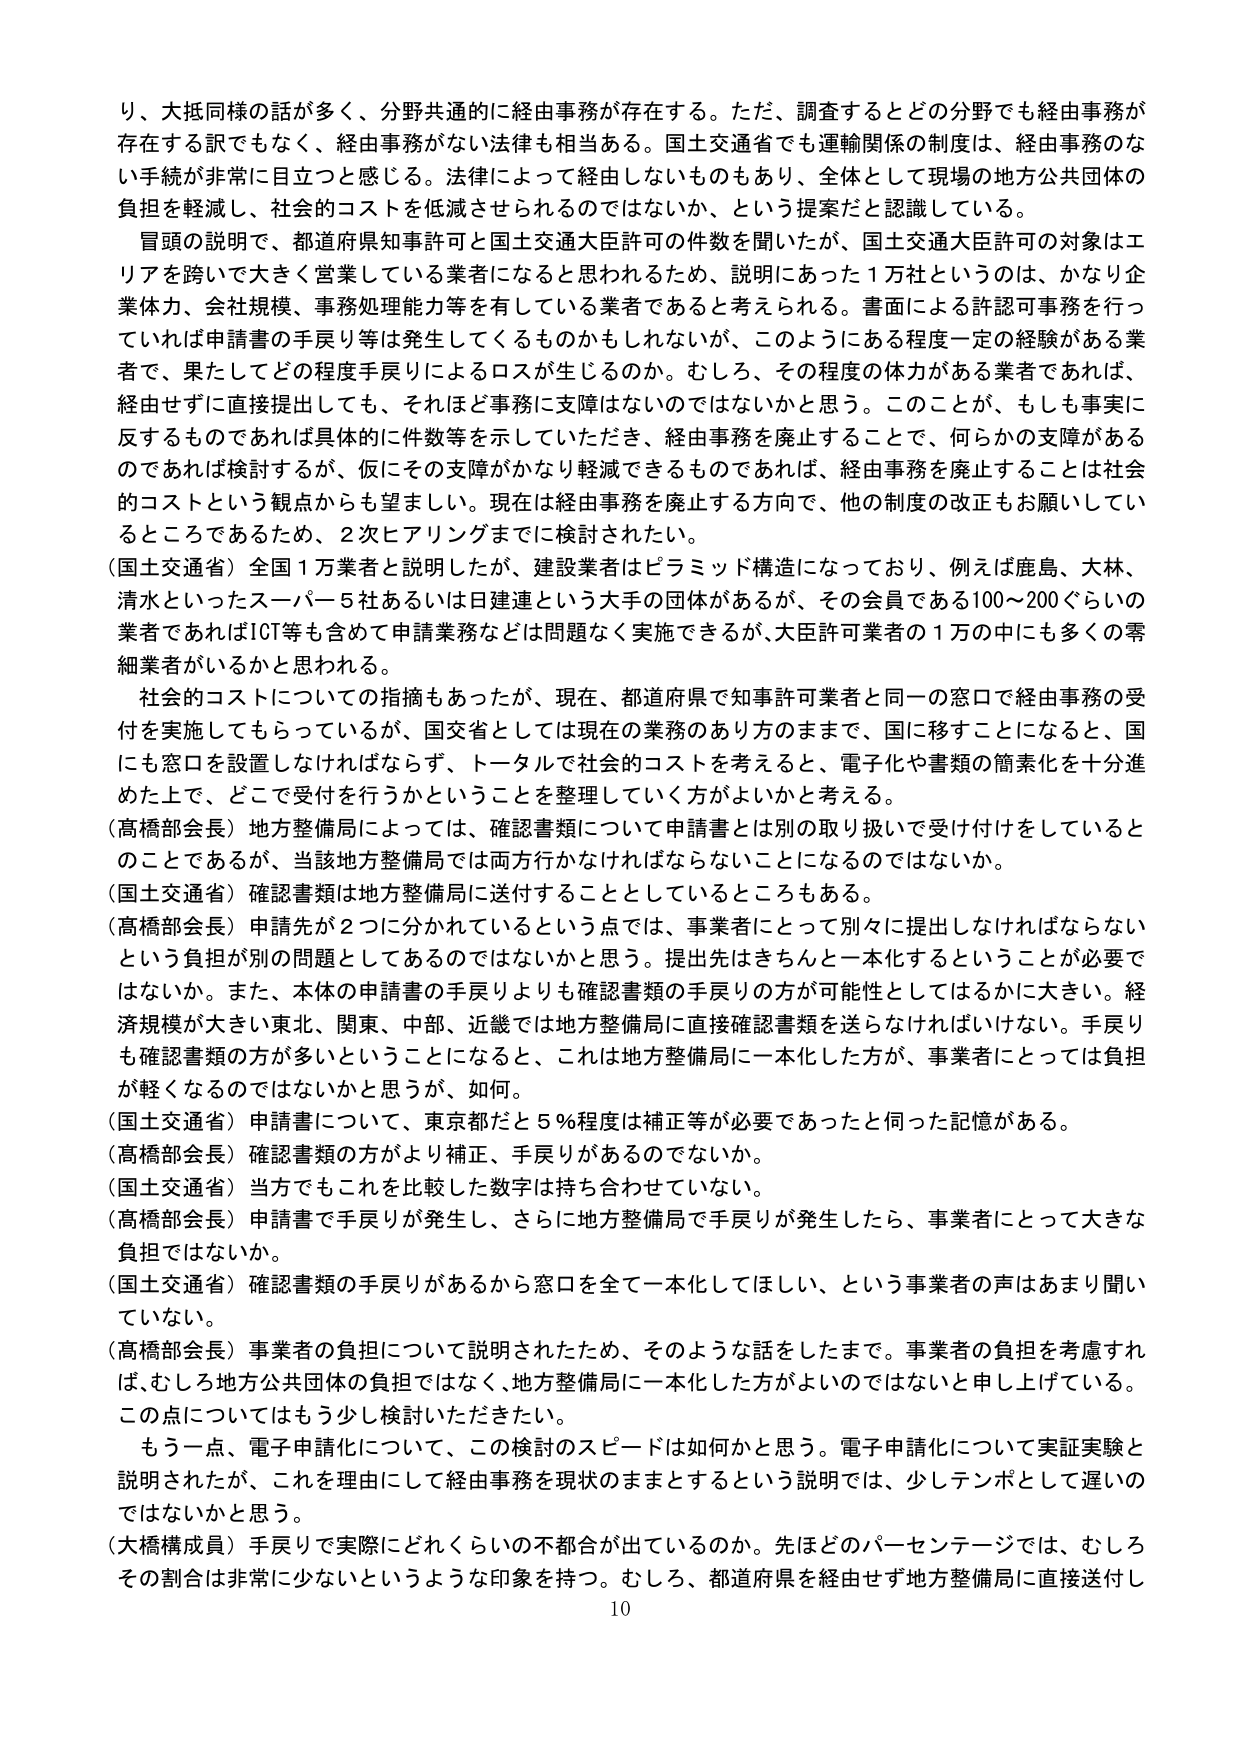
り、大抵同様の話が多く、分野共通的に経由事務が存在する。ただ、調査するとどの分野でも経由事務が存在する訳でもなく、経由事務がない法律も相当ある。国土交通省でも運輸関係の制度は、経由事務のない手続が非常に目立つと感じる。法律によって経由しないものもあり、全体として現場の地方公共団体の負担を軽減し、社会的コストを低減させられるのではないか、という提案だと認識している。

冒頭の説明で、都道府県知事許可と国土交通大臣許可の件数を聞いたが、国土交通大臣許可の対象はエリアを跨いで大きく営業している業者になると思われるため、説明にあった１万社というのは、かなり企業体力、会社規模、事務処理能力等を有している業者であると考えられる。書面による許認可事務を行っていれば申請書の手戻り等は発生してくるものかもしれないが、このようにある程度一定の経験がある業者で、果たしてどの程度手戻りによるロスが生じるのか。むしろ、その程度の体力がある業者であれば、経由せずに直接提出しても、それほど事務に支障はないのではないかと思う。このことが、もしも事実に反するものであれば具体的に件数等を示していただき、経由事務を廃止することで、何らかの支障があるのであれば検討するが、仮にその支障がかなり軽減できるものであれば、経由事務を廃止することは社会的コストという観点からも望ましい。現在は経由事務を廃止する方向で、他の制度の改正もお願いしているところであるため、２次ヒアリングまでに検討されたい。

（国土交通省）全国１万業者と説明したが、建設業者はピラミッド構造になっており、例えば鹿島、大林、清水といったスーパー５社あるいは日建連という大手の団体があるが、その会員である100～200ぐらいの業者であればICT等も含めて申請業務などは問題なく実施できるが、大臣許可業者の１万の中にも多くの零細業者がいるかと思われる。

社会的コストについての指摘もあったが、現在、都道府県で知事許可業者と同一の窓口で経由事務の受付を実施してもらっているが、国交省としては現在の業務のあり方のままで、国に移すことになると、国にも窓口を設置しなければならず、トータルで社会的コストを考えると、電子化や書類の簡素化を十分進めた上で、どこで受付を行うかということを整理していく方がよいと考える。

（高橋部会長）地方整備局によっては、確認書類については申請書とは別の取り扱いで受付けをしているとのことであるが、当該地方整備局では両方行かなければならないことになるのではないか。

（国土交通省）確認書類は地方整備局に送付することとしているところもある。

（高橋部会長）申請先が２つに分かれているという点では、事業者にとって別々に提出しなければならないという負担が別の問題としてあるのではないかと思う。提出先はきちんと一本化するということが必要ではないか。また、本体の申請書の手戻りよりも確認書類の手戻りの方が可能性としてはるかに大きい。経済規模が大きい東北、関東、中部、近畿では地方整備局に直接確認書類を送らなければいけない。手戻りも確認書類の方が多いということになると、これは地方整備局に一本化した方が、事業者にとっては負担が軽くなるのではないかと思うが、如何。

（国土交通省）申請書について、東京都だと５％程度は補正等が必要であったと伺った記憶がある。

（高橋部会長）確認書類の方がより補正、手戻りがあるのですか。

（国土交通省）当方でもこれを比較した数字は持ち合わせていない。

（高橋部会長）申請書で手戻りが発生し、さらに地方整備局で手戻りが発生したら、事業者にとって大きな負担ではないか。

（国土交通省）確認書類の手戻りがあるから窓口を全て一本化してほしい、という事業者の声はあまり聞いていない。

（高橋部会長）事業者の負担について説明されたため、そのような話をしたまで。事業者の負担を考慮すれば、むしろ地方公共団体の負担ではなく、地方整備局に一本化した方がよいのではないと申し上げている。この点についてはもう少し検討いただきたい。

もう一点、電子申請化について、この検討のスピードは如何かと思う。電子申請化について実証実験と説明されたが、これを理由にして経由事務を現状のままとするという説明では、少しテンポとして遅いのではないかと思う。

（大橋構成員）手戻りで実際にどれくらいの不都合が出ているのか。先ほどのパーセンテージでは、むしろその割合は非常に少ないというような印象を持つ。むしろ、都道府県を経由せず地方整備局に直接送付し

10